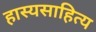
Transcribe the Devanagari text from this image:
हास्यसाहित्य